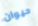
حيوان